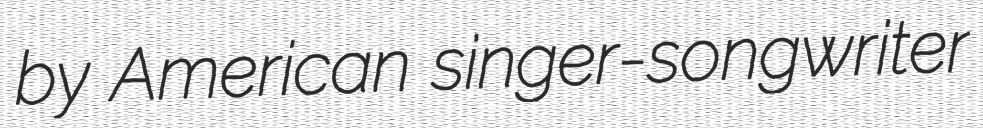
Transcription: by American singer-songwriter